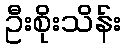
ဦးစိုးသိန်း